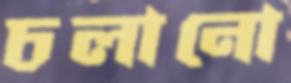
চলানো